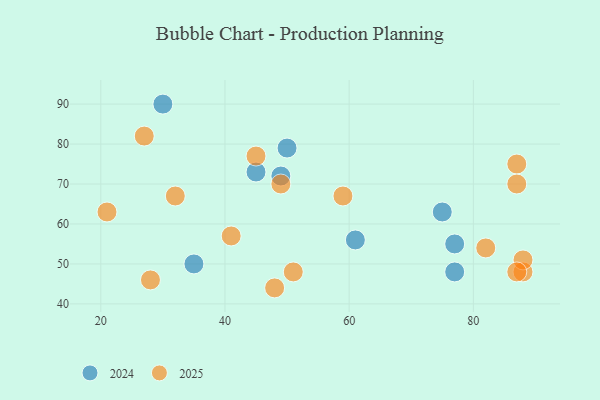
{"axis": {"x": "GDP", "y": "Life Expectancy"}, "legend": ["2024", "2025"], "data": [{"x": "88", "y": 48, "type": "2025"}, {"x": "28", "y": 46, "type": "2025"}, {"x": "48", "y": 44, "type": "2025"}, {"x": "59", "y": 67, "type": "2025"}, {"x": "32", "y": 67, "type": "2025"}, {"x": "87", "y": 75, "type": "2025"}, {"x": "88", "y": 51, "type": "2025"}, {"x": "87", "y": 70, "type": "2025"}, {"x": "51", "y": 48, "type": "2025"}, {"x": "87", "y": 48, "type": "2025"}, {"x": "21", "y": 63, "type": "2025"}, {"x": "41", "y": 57, "type": "2025"}, {"x": "45", "y": 77, "type": "2025"}, {"x": "27", "y": 82, "type": "2025"}, {"x": "49", "y": 70, "type": "2025"}, {"x": "82", "y": 54, "type": "2025"}, {"x": "77", "y": 55, "type": "2024"}, {"x": "30", "y": 90, "type": "2024"}, {"x": "49", "y": 72, "type": "2024"}, {"x": "35", "y": 50, "type": "2024"}, {"x": "61", "y": 56, "type": "2024"}, {"x": "77", "y": 48, "type": "2024"}, {"x": "45", "y": 73, "type": "2024"}, {"x": "50", "y": 79, "type": "2024"}, {"x": "75", "y": 63, "type": "2024"}]}